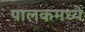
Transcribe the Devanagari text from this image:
पालकमध्ये